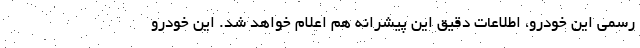
رسمی این خودرو، اطلاعات دقیق این پیشرانه هم اعلام خواهد شد. این خودرو